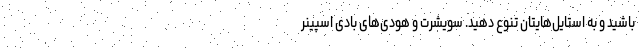
باشید و به استایل‌هایتان تنوع دهید. سویشرت و هودی‌های بادی اسپینر